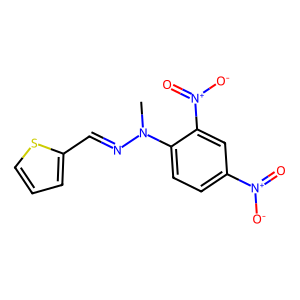
SMILES: CN(N=Cc1cccs1)c1ccc([N+](=O)[O-])cc1[N+](=O)[O-]
Inhibits HIV replication: No